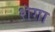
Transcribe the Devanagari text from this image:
शेगा